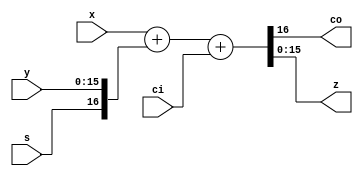
module fulladd16 (
    input  [15:0] x,
    input  [15:0] y,
    input         ci,
    output        co,
    output [15:0] z,
    input         s
  );
  assign {co,z} = {1'b0, x} + {s, y} + ci;
endmodule